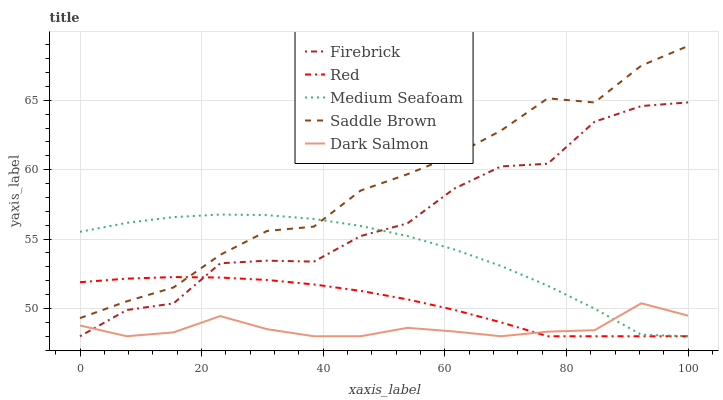
| xaxis_label | Firebrick | Red | Medium Seafoam | Saddle Brown | Dark Salmon |
 | --- | --- | --- | --- | --- | --- |
 | 0 | 48 | 51.9 | 55.5 | 49.3 | 48.8 |
 | 7.69 | 49.9 | 52.1 | 56.2 | 50.5 | 48 |
 | 15.4 | 50.4 | 52.3 | 56.6 | 51.5 | 48.3 |
 | 23.1 | 53.3 | 52.2 | 56.8 | 53.9 | 49.5 |
 | 30.8 | 53.4 | 52.1 | 56.7 | 55.6 | 48.5 |
 | 38.5 | 53.4 | 51.7 | 56.5 | 55.9 | 48 |
 | 46.2 | 55.2 | 51.3 | 55.9 | 58.5 | 48 |
 | 53.8 | 56.1 | 50.7 | 55.2 | 59.7 | 48.6 |
 | 61.5 | 58.6 | 49.9 | 54.3 | 61 | 48.3 |
 | 69.2 | 60.2 | 49 | 53.1 | 62.8 | 48 |
 | 76.9 | 60.4 | 48 | 51.6 | 65.1 | 48.3 |
 | 84.6 | 63.5 | 48 | 50 | 64.8 | 48.4 |
 | 92.3 | 64.6 | 48 | 48.1 | 67.5 | 50.4 |
 | 100 | 64.8 | 48 | 48 | 68.9 | 49.5 |